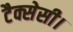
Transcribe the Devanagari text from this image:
टैक्सेसी।